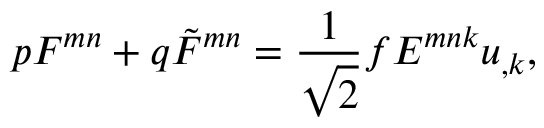
p F ^ { m n } + q \tilde { F } ^ { m n } = \frac { 1 } { \sqrt 2 } f E ^ { m n k } u _ { , k } ,